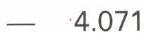
-  4.071